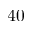
4 0